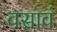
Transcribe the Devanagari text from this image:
वसावं